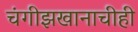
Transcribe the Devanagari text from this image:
चंगीझखानाचीही